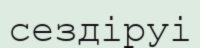
сездіруі